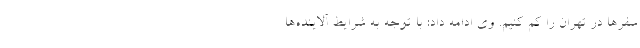
سفرها در تهران را کم کنیم. وی ادامه داد: با توجه به شرایط آلاینده‌ها